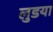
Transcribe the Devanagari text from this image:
लुडया